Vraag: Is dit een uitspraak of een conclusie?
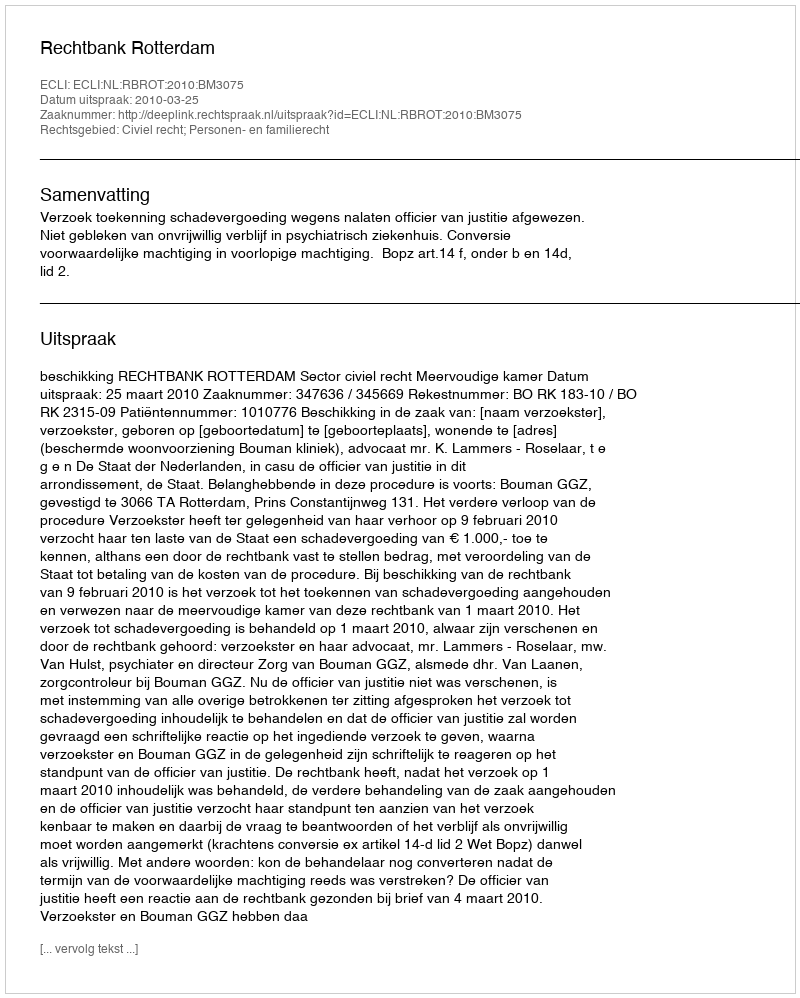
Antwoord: Uitspraak